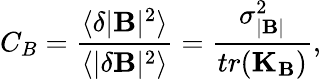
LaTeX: C_{B}=\frac{\langle\delta|\mathbf{B}|^{2}\rangle}{\langle|\delta\mathbf{B}|^{2}\rangle}=\frac{\sigma_{|\mathbf{B}|}^{2}}{tr(\mathbf{K}_{\mathbf{B}})},